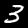
Label: 3